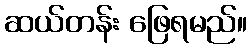
ဆယ်တန်း ဖြေရမည်။